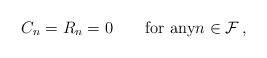
LaTeX: \begin{align*}C_n=R_n=0\qquad\mbox{for any}n\in {\cal F}\,,\end{align*}